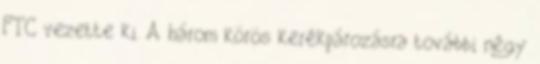
FTC vezette ki. A három körös kerékpározásra további négy